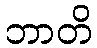
ဘာတိ